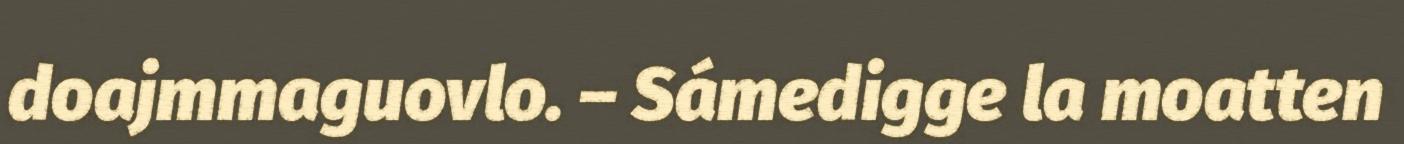
doajmmaguovlo. – Sámedigge la moatten